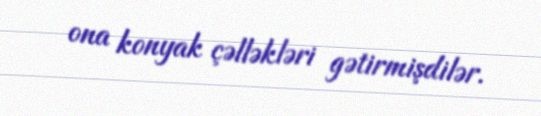
ona konyak çəlləkləri gətirmişdilər.